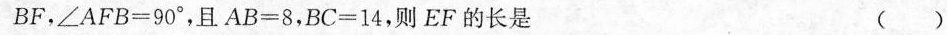
BF，$$∠ A F B= 9 0 °$$，且$$A B = 8$$，$$B C = 1 4$$，则EF的长是 ( )